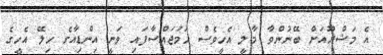
އެ މަޝްރޫއަށް ބޭނުންވާ މާލީ އެހީވެސް ހަމަޖައްސާފައި ވަނީ އިންޑިއާގެ ހިލޭ އެހީގެ